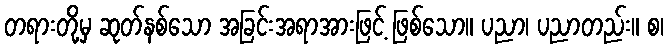
တရားတို့မှ ဆုတ်နစ်သော အခြင်းအရာအားဖြင့် ဖြစ်သော။ ပညာ၊ ပညာတည်း။ စ၊